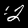
Label: 2